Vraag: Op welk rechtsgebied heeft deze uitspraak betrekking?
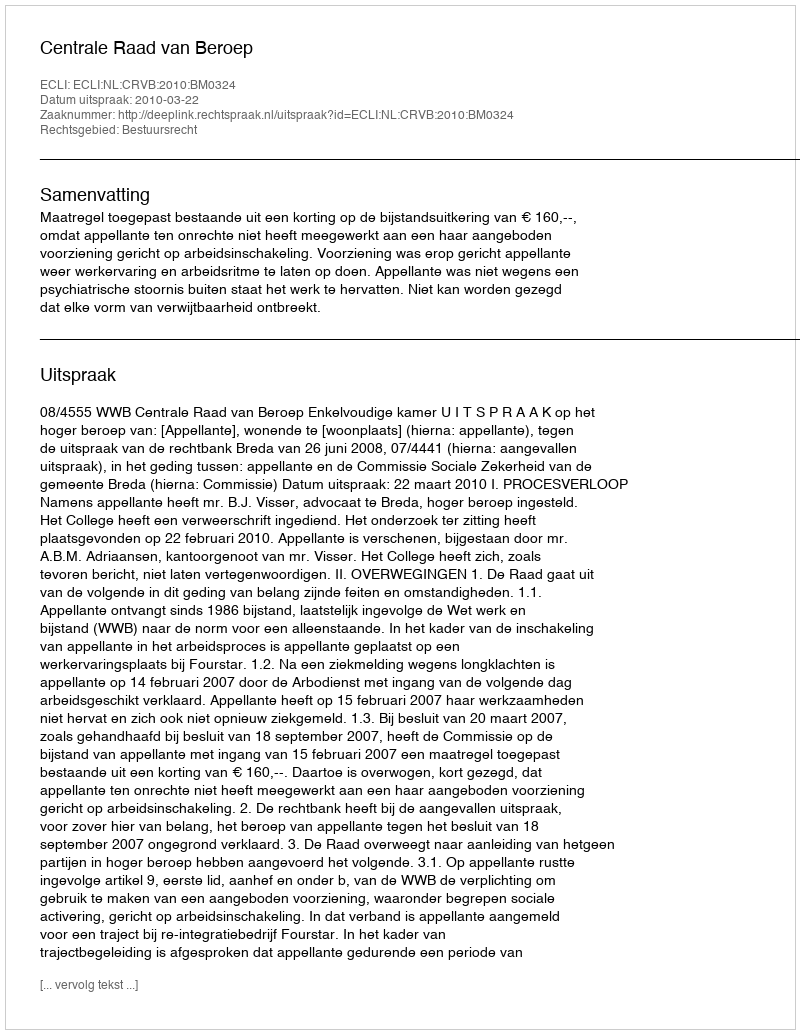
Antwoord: Bestuursrecht